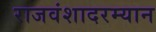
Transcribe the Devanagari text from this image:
राजवंशादरम्यान